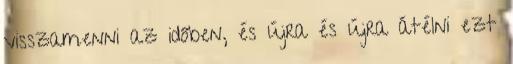
visszamenni az időben, és újra és újra átélni ezt